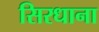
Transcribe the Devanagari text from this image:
सिरधाना